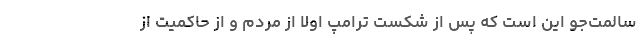
سالمت‌جو این است که پس از شکست ترامپ اولا از مردم و از حاکمیت از